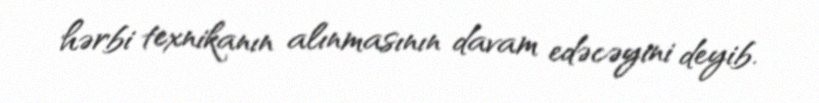
hərbi texnikanın alınmasının davam edəcəyini deyib.